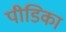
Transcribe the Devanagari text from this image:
पीडिका